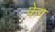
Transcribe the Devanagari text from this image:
फेग